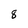
Character: 8